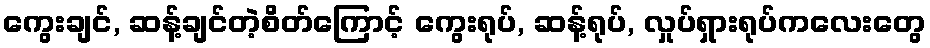
ကွေးချင်, ဆန့်ချင်တဲ့စိတ်ကြောင့် ကွေးရုပ်, ဆန့်ရုပ်, လှုပ်ရှားရုပ်ကလေးတွေ